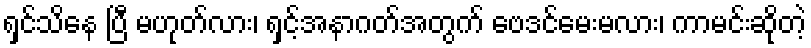
ရှင်သိနေ ပြီ မဟုတ်လား၊ ရှင့်အနာဂတ်အတွက် ဗေဒင်မေးမလား၊ ကာမင်းဆိုတဲ့